Plague in India, 1896, 1897 - Volume 1
Year: 1896
Disease focus: Plague
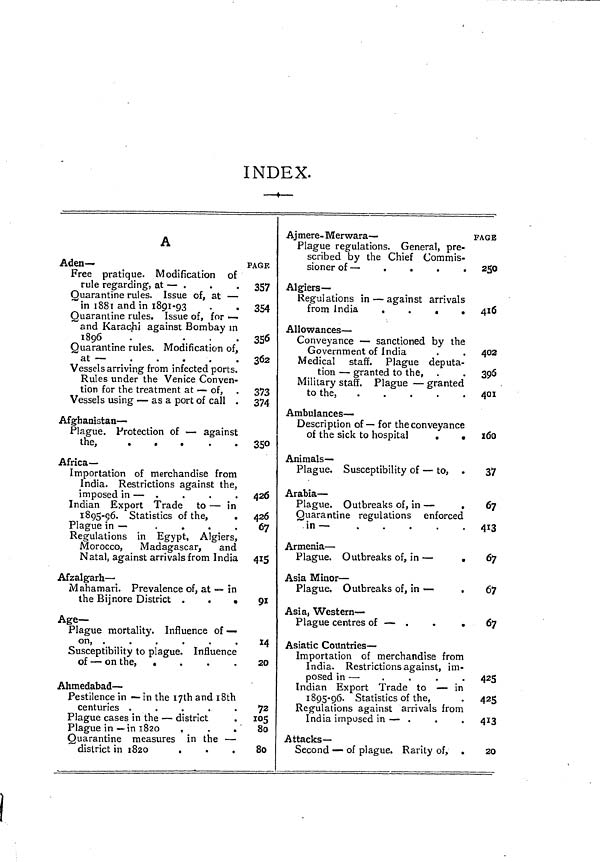
INDEX.
A
Aden-
Free pratique. Modification of
rule regarding, at — .
Quarantine rules. Issue of, at —
in 1881 and in 1891-93
Quarantine rules. Issue of, for —
and Karachi against Bombay in
1896
.
.
.
.
Quarantine rules. Modification of,
at —
Vessels arriving from infected ports.
Rules under the Venice Conven-
tion for the treatment at — of,
Vessels using — as a port of call .
Afghanistan —
Plague. Protection of — against
the,
.
.
.
.
.
Africa-
Importation of merchandise from
India. Restrictions against the,
imposed in — .
Indian Export Trade to — in
1895-56. Statistics of the,
Plague in —
.
.
Regulations in Egypt, Algiers,
Morocco,
Madagascar,
and
Natal, against arrivals from India
Afzalgarh—
M ahamari. Prevalence of, at — in
the Bijnore District .
.
•
Age-
Plague mortality. Influence of —
on, .
.
.
.
.
.
Susceptibility to plague. Influence
of — on the,
.
.
.
Ahmedabad —
Pestilence in — in the 17th and 18th
centuries .
.
.
.
.
Plague cases in the — district
Plague in —in 1820
,
Quarantine measures in the —
district in 1820
.
PAGE
357
354
356
362
373
374
35°4
26
426
67
415
91
14
20
72
105
80
8o
Aj mere- Mer wara—
Plague regulations. General, pre-
scribed by the Chief Commis-
sioner of —
Algiers —
Regulations in — against arrivals
from India
.
.
.
.
Allowances —
Conveyance — sanctioned by the
Government of India
Medical staff. Plague deputa-
tion — granted to the, .
Military staff. Plague — granted
to the,
Ambulances —
Description of— for the conveyance
of the sick to hospital
.
,
Animals—
Plague. Susceptibility of — to,
Arabia —
Plague. Outbreaks of, in —
.
Quarantine regulations enforced
in —
Armenia —
Plague, Outbreaks of, in —
.
Asia Minor —
Plague, Outbreaks of, in —
Asia, Western-
Plague centres of — .
.
.
Asiatic Countries —
Importation of merchandise from
India. Restrictions against, im-
posed in —
Indian Export Trade to — in
1895-96. Statistics of the,
Regulations against arrivals from
India imposed in — .
Attacks-
Second — of plague. Rarity of, .
PAGE
250
416
402
396
401
160
37
67
413
67
67
67
425
425
413
20